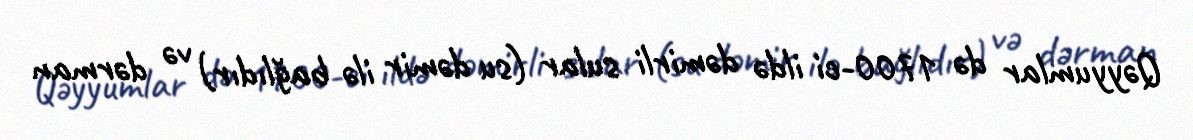
Qəyyumlar də 1700-ci ildə dəmirli sular (su dəmir ilə bağlıdır) və dərman